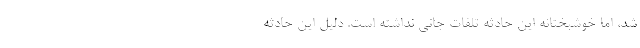
شد، اما خوشبختانه این حادثه تلفات جانی نداشته است. دلیل این حادثه